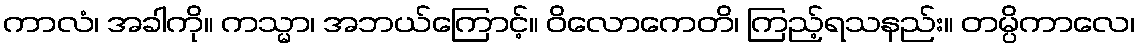
ကာလံ၊ အခါကို။ ကသ္မာ၊ အဘယ်ကြောင့်။ ဝိလောကေတိ၊ ကြည့်ရသနည်း။ တမ္ပိကာလေ၊